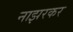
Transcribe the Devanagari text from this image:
नाझरकर